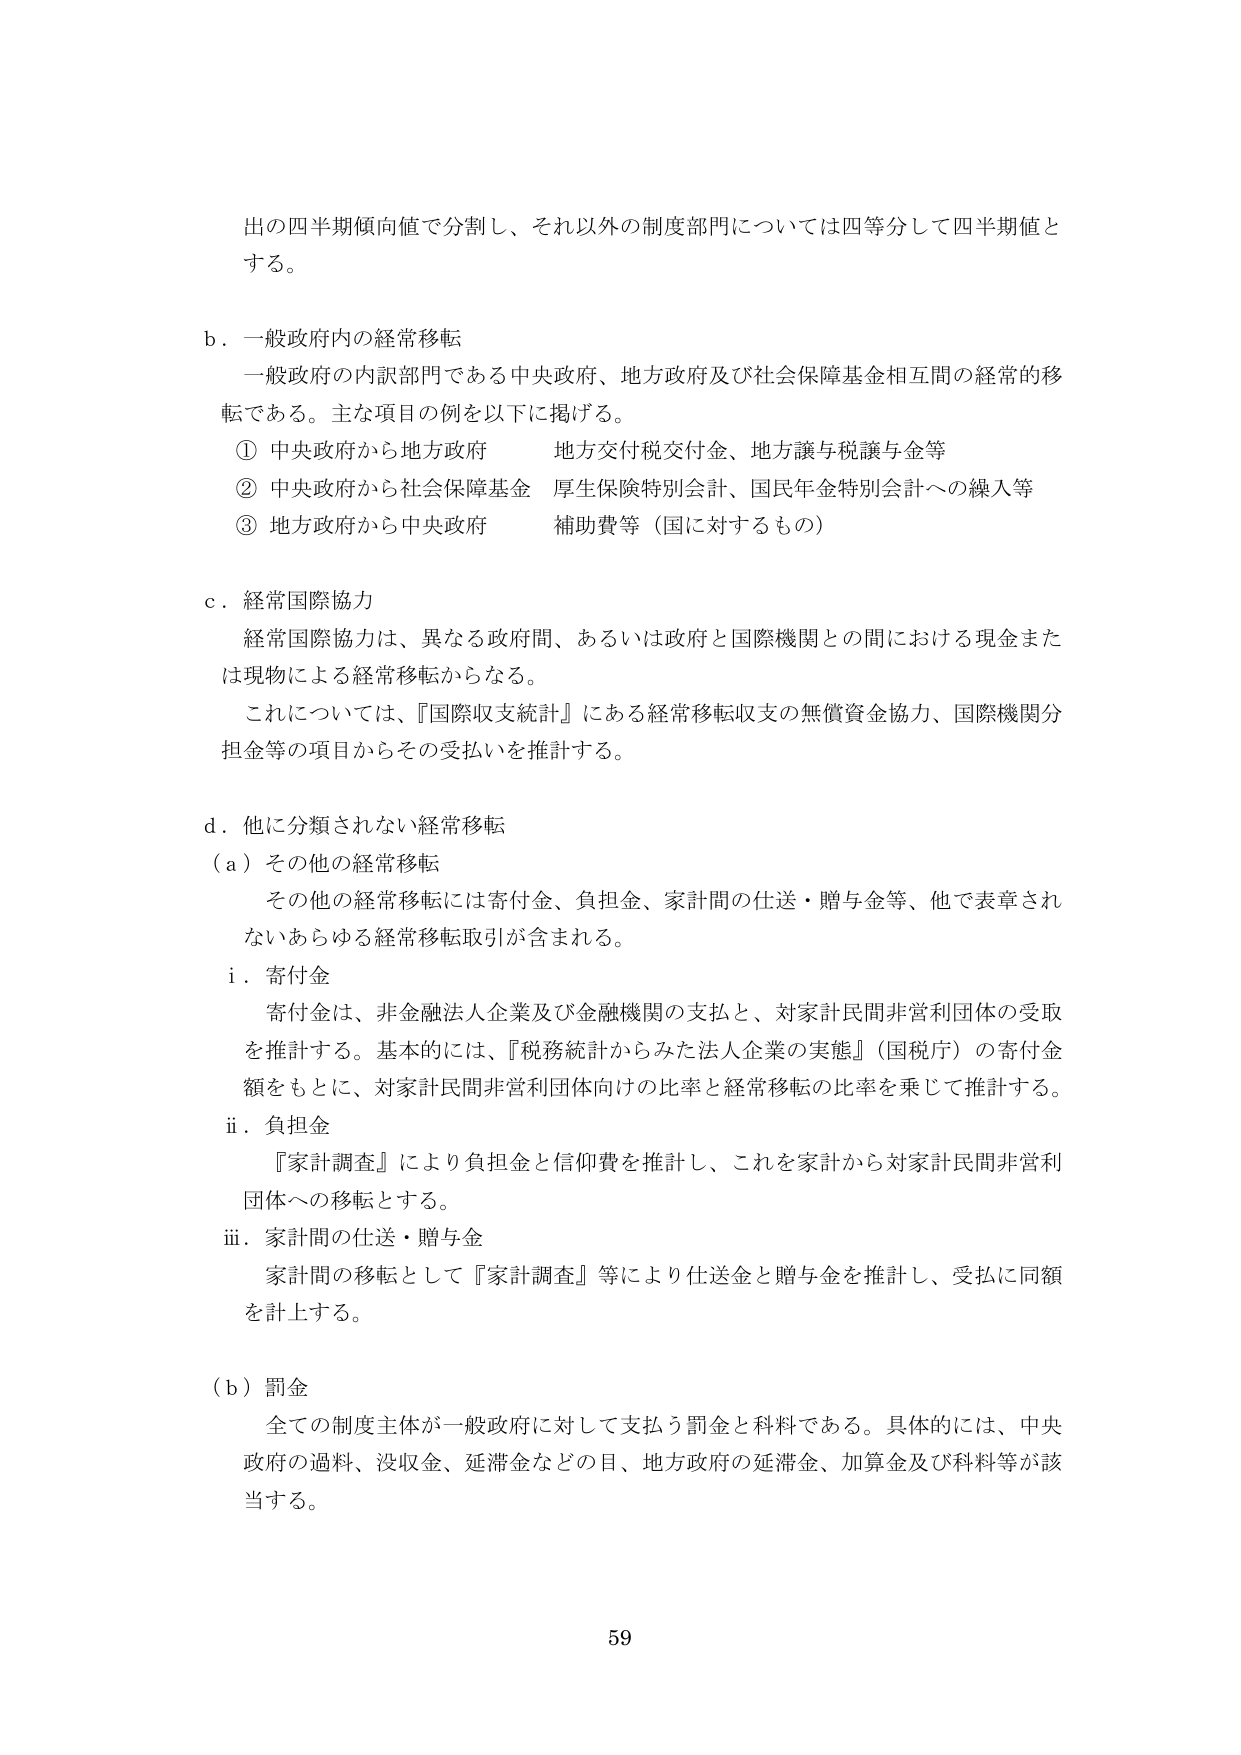
出の四半期傾向値で分割し、それ以外の制度部門については四等分して四半期値とする。

b．一般政府内の経常移転
一般政府の内訳部門である中央政府、地方政府及び社会保障基金相互間の経常的移転である。主な項目の例を以下に掲げる。
① 中央政府から地方政府　　地方交付税交付金、地方譲与税譲与金等
② 中央政府から社会保障基金　厚生保険特別会計、国民年金特別会計への繰入等
③ 地方政府から中央政府　　補助費等（国に対するもの）

c．経常国際協力
経常国際協力は、異なる政府間、あるいは政府と国際機関との間における現金または現物による経常移転からなる。
これについては、『国際収支統計』にある経常移転収支の無償資金協力、国際機関分担金等の項目からその受払いを推計する。

d．他に分類されない経常移転
（a）その他の経常移転
その他の経常移転には寄付金、負担金、家計間の仕送・贈与金等、他で表章されないあらゆる経常移転取引が含まれる。
i．寄付金
寄付金は、非金融法人企業及び金融機関の支払と、対家計民間非営利団体の受取を推計する。基本的には、『税務統計からみた法人企業の実態』（国税庁）の寄付金額をもとに、対家計民間非営利団体向けの比率と経常移転の比率を乗じて推計する。
ii．負担金
『家計調査』により負担金と信仰費を推計し、これを家計から対家計民間非営利団体への移転とする。
iii．家計間の仕送・贈与金
家計間の移転として『家計調査』等により仕送金と贈与金を推計し、受払に同額を計上する。

（b）罰金
全ての制度主体が一般政府に対して支払う罰金と料金である。具体的には、中央政府の過料、没収金、延滞金などの目、地方政府の延滞金、加算金及び料金等が該当する。

59